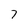
Character: 7